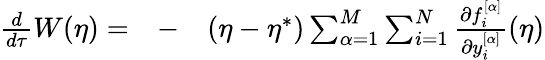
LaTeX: \begin{array}{rlr}{\frac{d}{d\tau}W(\eta)=}&{{}-}&{(\eta-\eta^{*})\sum_{\alpha=1}^{M}\sum_{i=1}^{N}\frac{\partial f_{i}^{[\alpha]}}{\partial y_{i}^{[\alpha]}}(\eta)}\end{array}